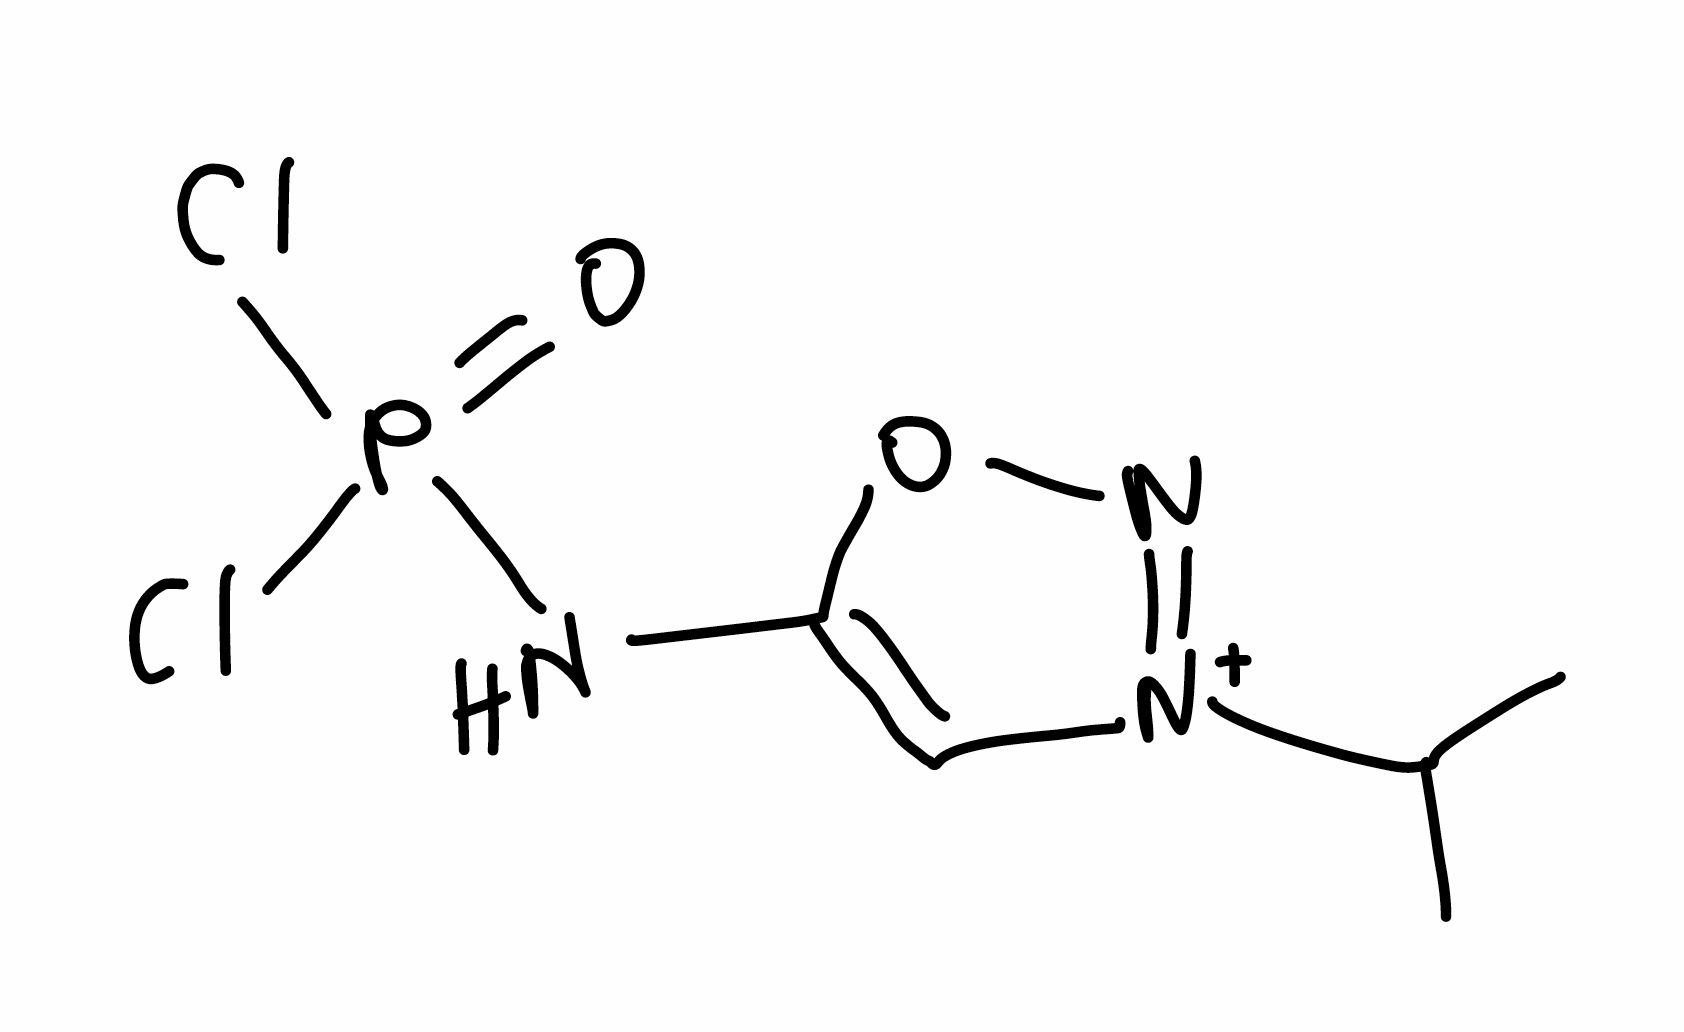
Simplified molecular-input line-entry system (SMILES) notation of the given molecule:
CC(C)[N+]1=NOC(=C1)NP(=O)(Cl)Cl